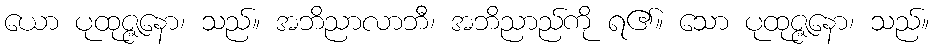
ယော ပုထုဇ္ဇနော၊ သည်။ အဘိညာလာဘီ၊ အဘိညာည်ကို ရ၏။ သော ပုထုဇ္ဇနော၊ သည်။